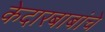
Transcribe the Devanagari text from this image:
केदारबाबांचे